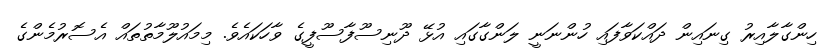
ހިންގާލާއިރު ގިނައިން ދައްކަވާފައި ހުންނަނީ ލަންގާގައި އުޅޭ ދޫނިސޫފާސޫފީގެ ވާހަކައެވެ. މިމައުލޫމާތުތައް އެސޮރުމެންގެ